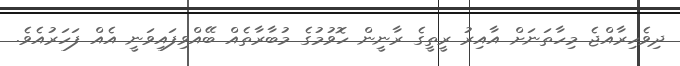
ދިވެހިރާއްޖެ މިހާތަނަށް އާއިރު ރީތީގެ ރާނީން ހޮވުމުގެ މުބާރާތެއް ބޭއްވިފައިވަނީ އެއް ފަހަރުއެވެ.